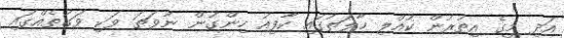
އަދި މީގެ އިތުރުން ކުއްލި ހާލަތުގައި ކާފިއު ހިންގުން ނުވަތަ ވަކި ވަގުތެއްގައި